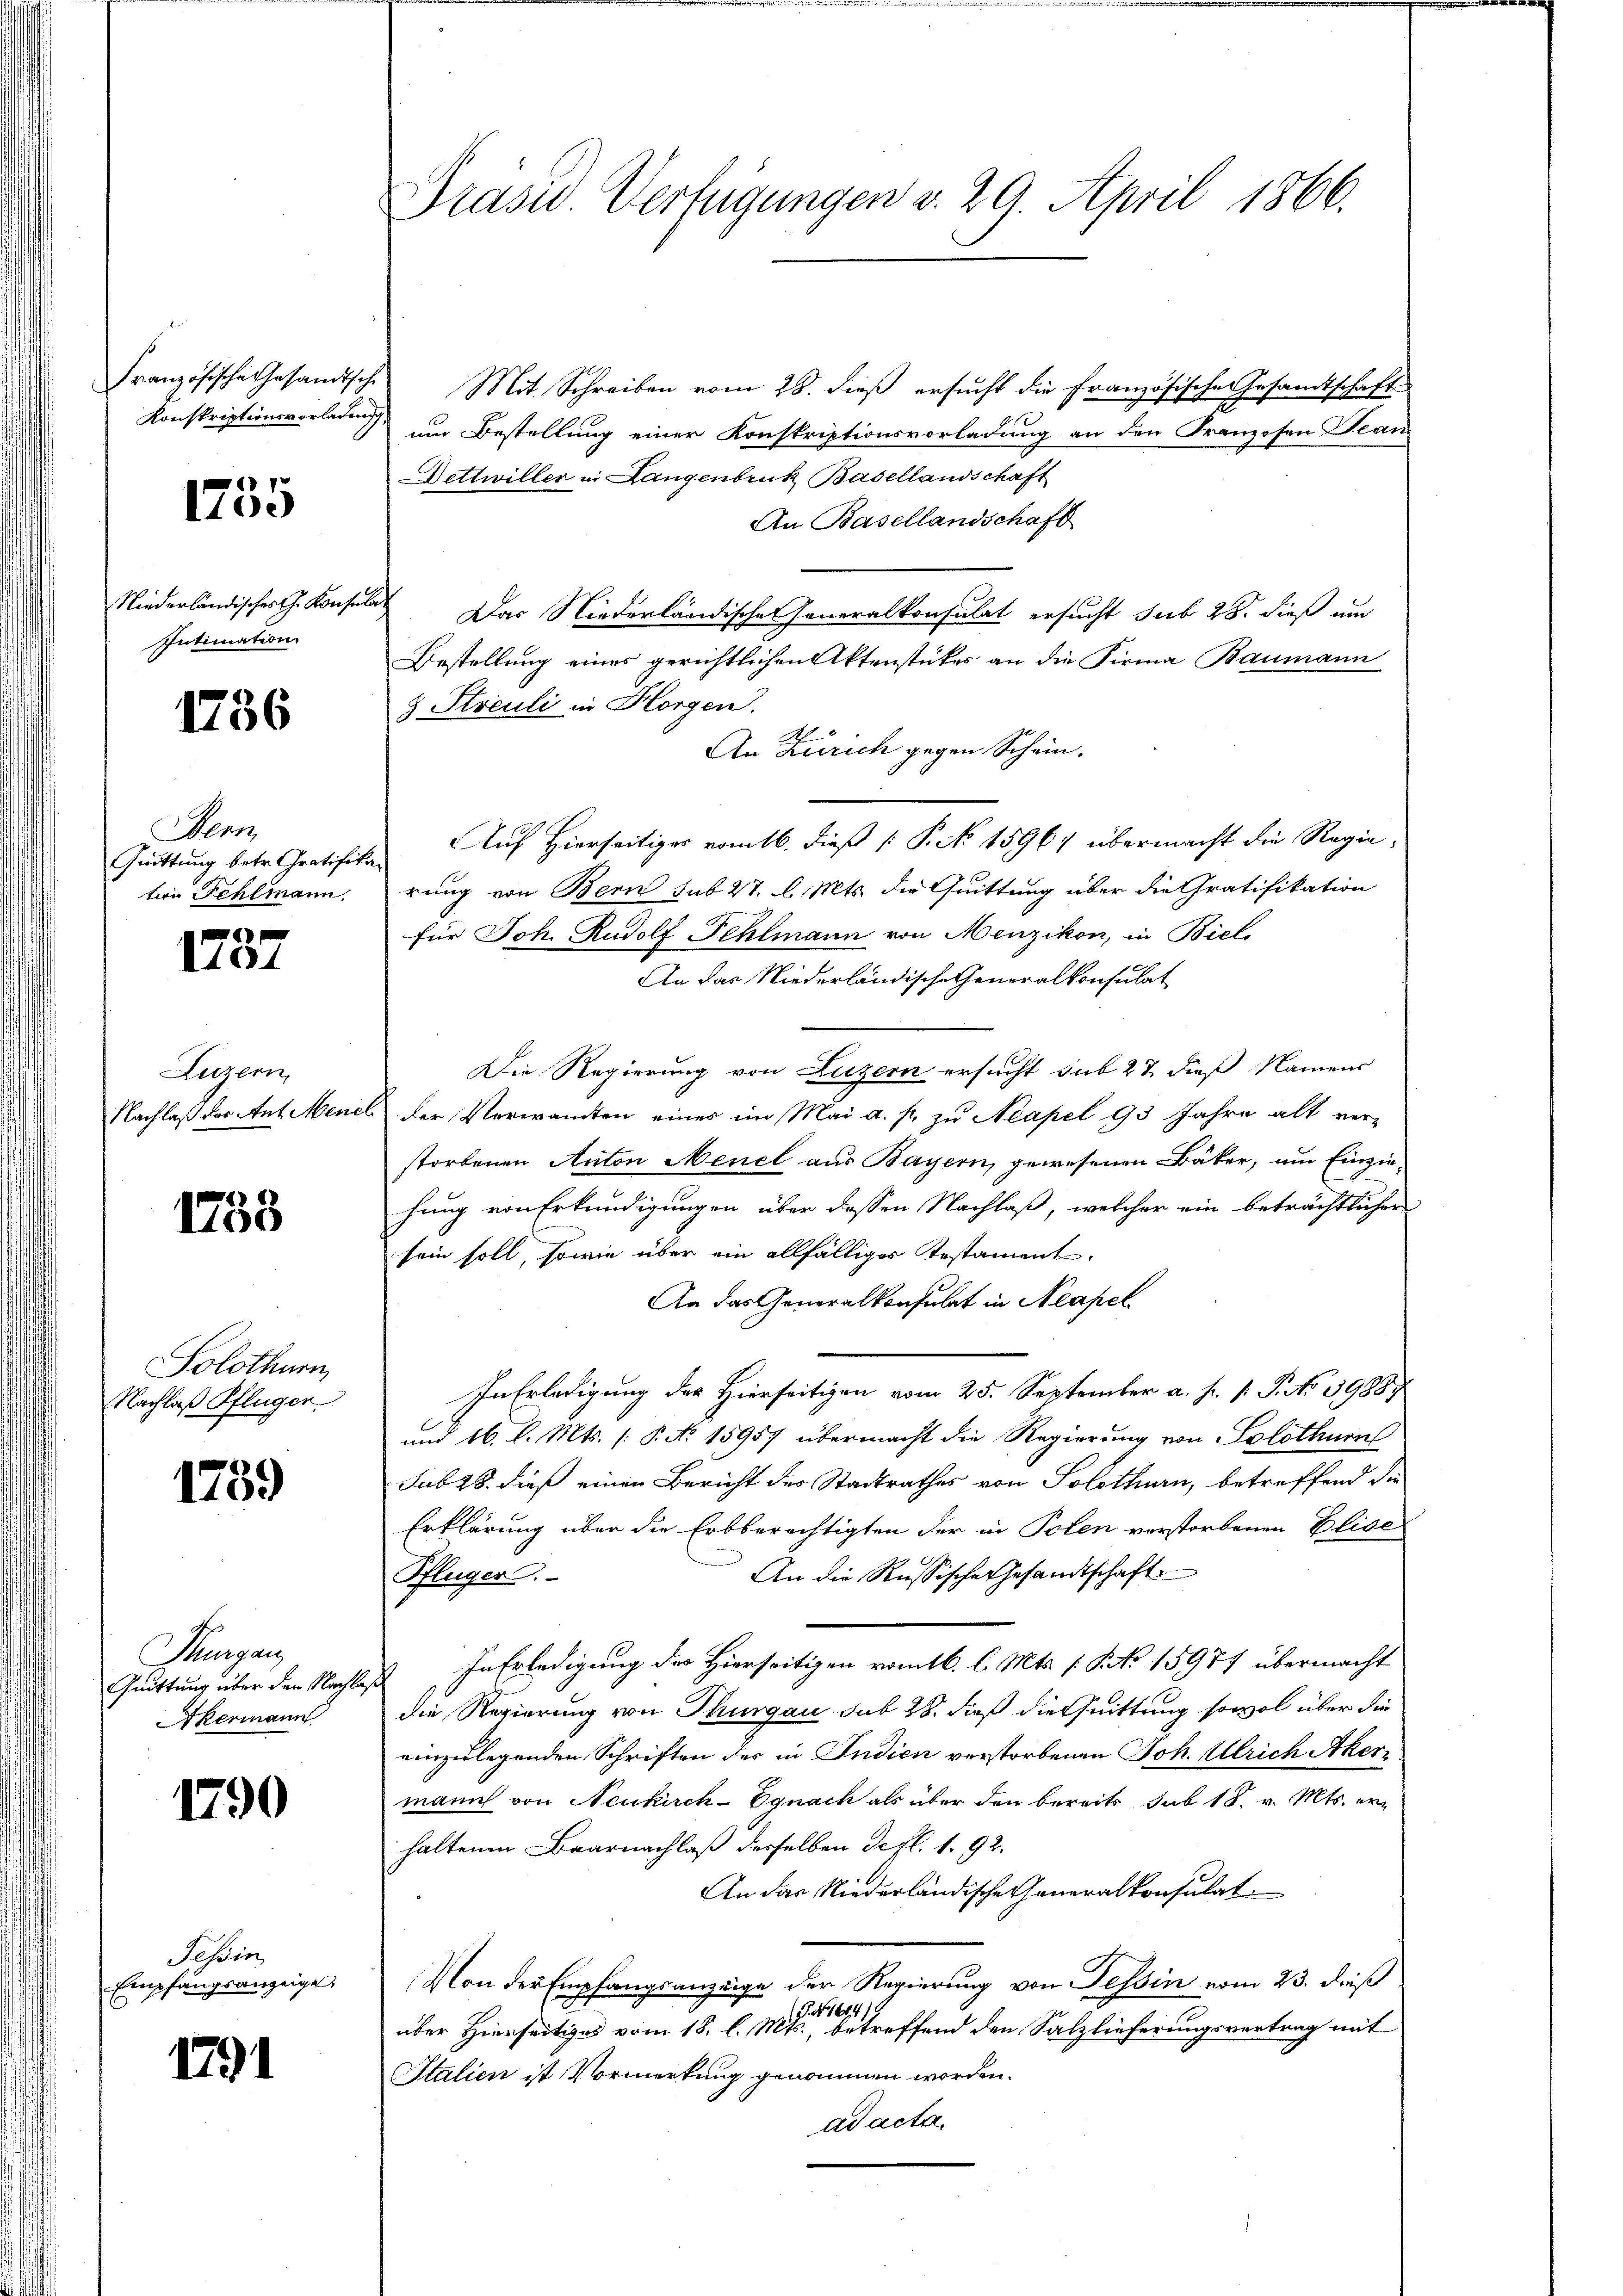
Französische Gesandtsche
Konskriptionsvorladung,

1755

Niederländisches C. Konse
Intimation

1756

Penn
Quittung betr. Gratifit.
teon Fehlmann.

e
1104

Luzern,
Nachlaß das Ant. Mene

1753

Solothurn,
Nachlaß Pflüger

1739

Thurgau
Quittung über den Nachba
Akermann

1790

Tessin
Empfangsanzeige

1791

Präsid.. Verfügungen v. 29. April 1866.

Mit Schreiben vom 28. dieß ersucht die französischen Gesamtschaft
um Bestellung einer Konstriptionsvorladung an den Franzosen Bean
Dettwiller in Langenbruck Basellandschaft
An Basellandschaft
 Das Niederländischen Generalkonsulat ersucht sub 28. dieß um
Bestellung eines gerichtlichen Aktenstückes an die Firma Baumann
& Streuli in Horgen.
E
An Zürich gegen Schein.
Auf Hierseitiges vom 16. dieß P. N. 15967 übermacht die Regierung von Bern sub 27. d. Mts. die Quittung über die Gratifikation
für Joh. Rudolf Fehlmann von Menzikon, in Biel,
An das Niederländische Generalkonsulat
Die Regierung von Luzern ersucht sub 27 dieß Namens
der Verwandten eines im Mai a. p. zu Neapel 93 Jahre alt ver-
storbenen Anton Menel aus Bayern, gewesenen Bäker, um Einziehung von Erkundigungen über dessen Nachlaß, welcher ein beträchtlicher
sein soll, sowie über ein allfälliger Testament
Aa das Generalkonsulat in Neapel
In Erledigung des Hierseitigen vom 25. September a. p. 1. P. No 3988.
und 16. l. Mts. [P. No 15957 übermacht die Regierung von Solothurn
sub 28. dieß einen Bericht der Stadtrathes von Solothurn, betreffend die
Erklärung über die Erbberechtigten der in Polen verstorbenen Elise
An die Russische Gesandtschaft
Pflüger.
In Erledigung des Hierseitigen romtb. l. Mts. s. S. 15977 übermacht
die Regierung von Thurgau sub 28. dieß die Quittung sowol über die
einzulegenden Schriften des in Indien verstorbenen Joh. Ulrich Akermann von Neukirch-Egnach als über den bereits sub 18. v. Mts. erhaltenen Baarnachlaß derselben defl. 1. 92.
An das Niederländische Generalkonsulat
Von der Empfangsanzeige der Regierung von Tessin vom 23. dieß
(G. N. 1614)
über Hierseitiges vom 18. l. Mts., betreffend den Salzlieferungsvertrag mit
Italien ist Vormerkung genommen worden.
ad acta.